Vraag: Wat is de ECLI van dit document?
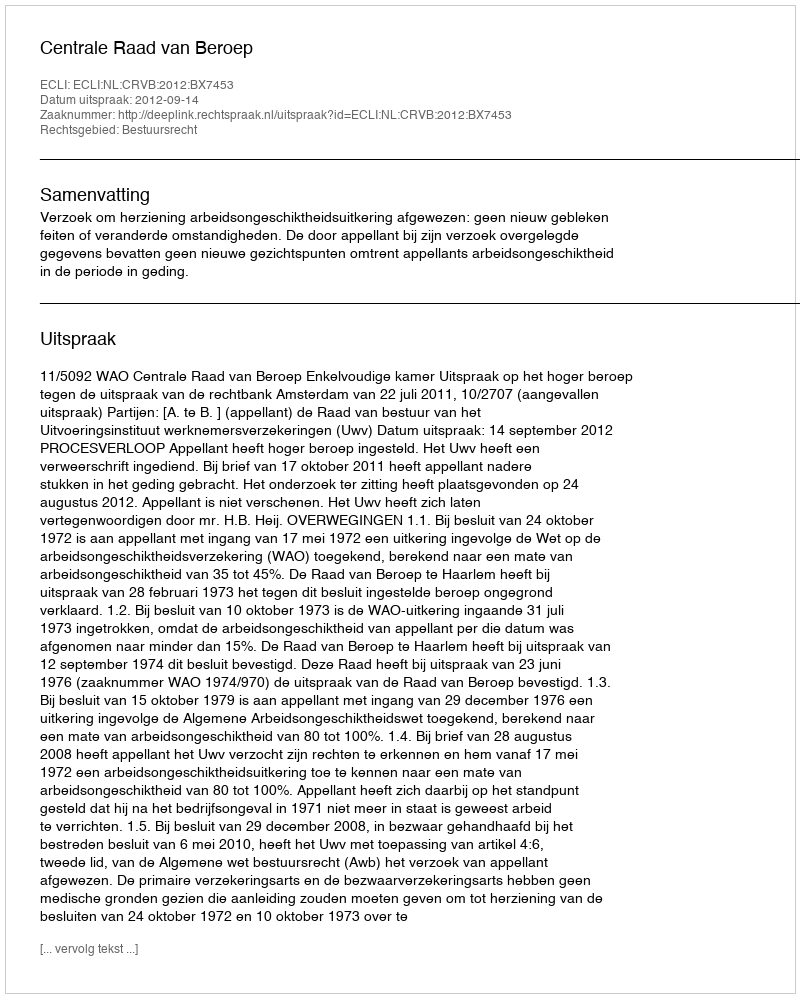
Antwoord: ECLI:NL:CRVB:2012:BX7453